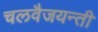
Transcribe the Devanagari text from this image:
चलवैजयन्ती